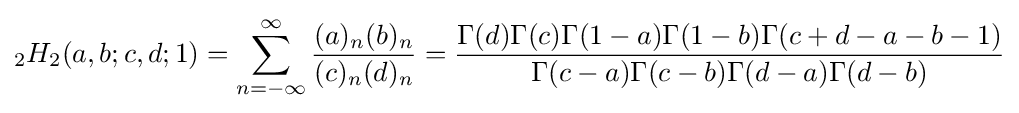
{}_{2}H_{2}(a,b;c,d;1)=\sum _{n=-\infty }^{\infty }{\frac {(a)_{n}(b)_{n}}{(c)_{n}(d)_{n}}}={\frac {\Gamma (d)\Gamma (c)\Gamma (1-a)\Gamma (1-b)\Gamma (c+d-a-b-1)}{\Gamma (c-a)\Gamma (c-b)\Gamma (d-a)\Gamma (d-b)}}